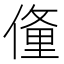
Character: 𬿙